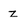
Character: z